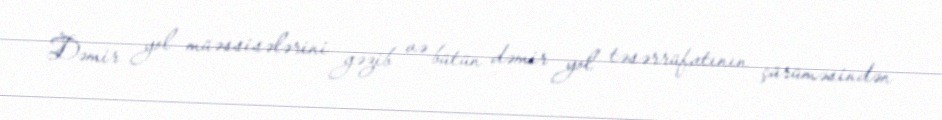
Dəmir yol müəssisələrini gəzib və bütün dəmir yol təsərrüfatının çürüməsindən